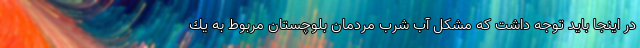
در اينجا بايد توجه داشت كه مشكل آب شرب مردمان بلوچستان مربوط به يك